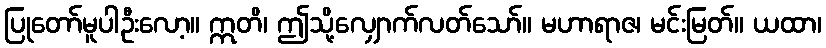
ပြုတော်မူပါဦးလော့။ ဣတိ၊ ဤသို့လျှောက်လတ်သော်။ မဟာရာဇ၊ မင်းမြတ်။ ယထာ၊